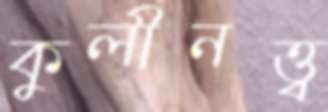
কুলীনত্ত্ব